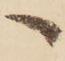
へ